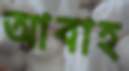
আবাহ